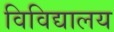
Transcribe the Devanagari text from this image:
विविद्यालय